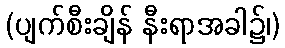
(ပျက်စီးချိန် နီးရာအခါ၌၊)